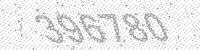
Solution: 396780